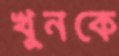
খুনকে